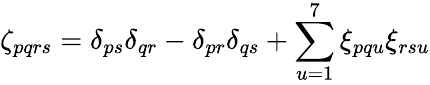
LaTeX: \zeta_{pqrs}=\delta_{ps}\delta_{qr}-\delta_{pr}\delta_{qs}+\sum_{u=1}^{7}\xi_{pqu}\xi_{rsu}